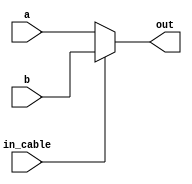
module reg2loc_mux (input [4:0] a, input [4:0] b, input in_cable, output reg [4:0] out);

always @* begin 

if (in_cable == 0) out <= a;
else out <= b;

end

endmodule